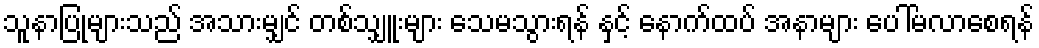
သူနာပြုများသည် အသားမျှင် တစ်သျှူးများ သေမသွားရန် နှင့် နောက်ထပ် အနာများ ပေါ်မလာစေရန်